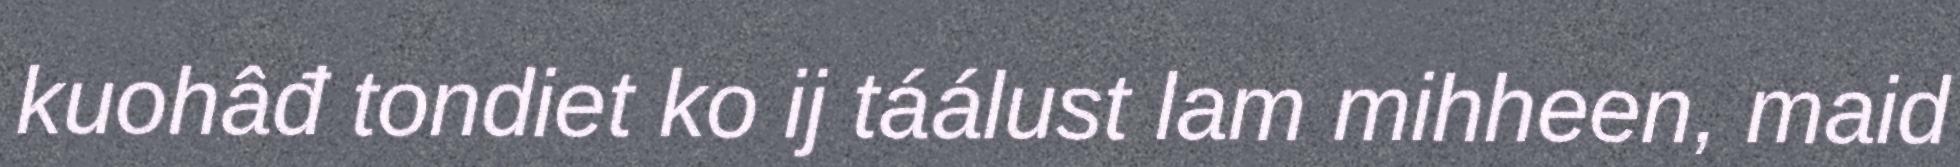
kuohâđ tondiet ko ij táálust lam mihheen, maid